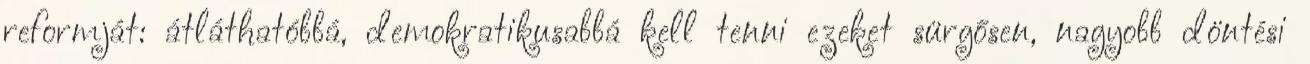
reformját: átláthatóbbá, demokratikusabbá kell tenni ezeket sürgősen, nagyobb döntési